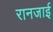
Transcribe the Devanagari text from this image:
रानजाई